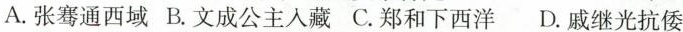
A.张骞通西域B.文成公主入藏C.郑和下西洋D.戚继光抗倭